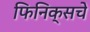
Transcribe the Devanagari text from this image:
फिनिक्सचे